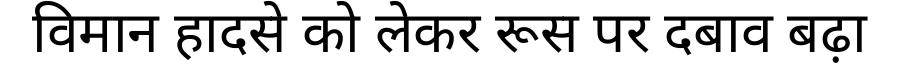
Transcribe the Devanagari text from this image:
विमान हादसे को लेकर रूस पर दबाव बढ़ा